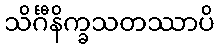
သိင်္ဂီနိက္ခသတဿာပိ